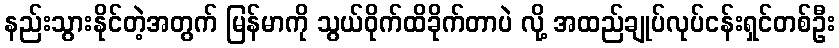
နည်းသွားနိုင်တဲ့အတွက် မြန်မာကို သွယ်ဝိုက်ထိခိုက်တာပဲ လို့ အထည်ချုပ်လုပ်ငန်းရှင်တစ်ဦး